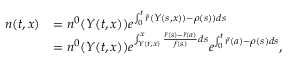
\begin{array} { r l } { n ( t , x ) } & { = n ^ { 0 } ( Y ( t , x ) ) e ^ { \int _ { 0 } ^ { t } { \tilde { r } ( Y ( s , x ) ) - \rho ( s ) ) d s } } } \\ & { = n ^ { 0 } ( Y ( t , x ) ) e ^ { \int _ { Y ( t , x ) } ^ { x } { \frac { \tilde { r } ( s ) - \tilde { r } ( a ) } { f ( s ) } d s } } e ^ { \int _ { 0 } ^ { t } { \tilde { r } ( a ) - \rho ( s ) d s } } , } \end{array}